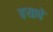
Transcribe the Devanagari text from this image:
वऱ्याचे